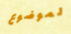
لموضوع